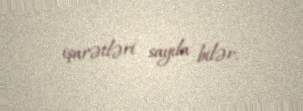
işarətləri sayıla bilər.